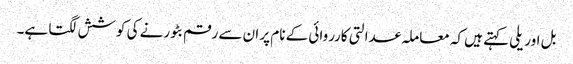
بل اوریلی کہتے ہیں کہ معاملہ عدالتی کارروائی کے نام پر ان سے رقم بٹورنے کی کوشش لگتا ہے۔